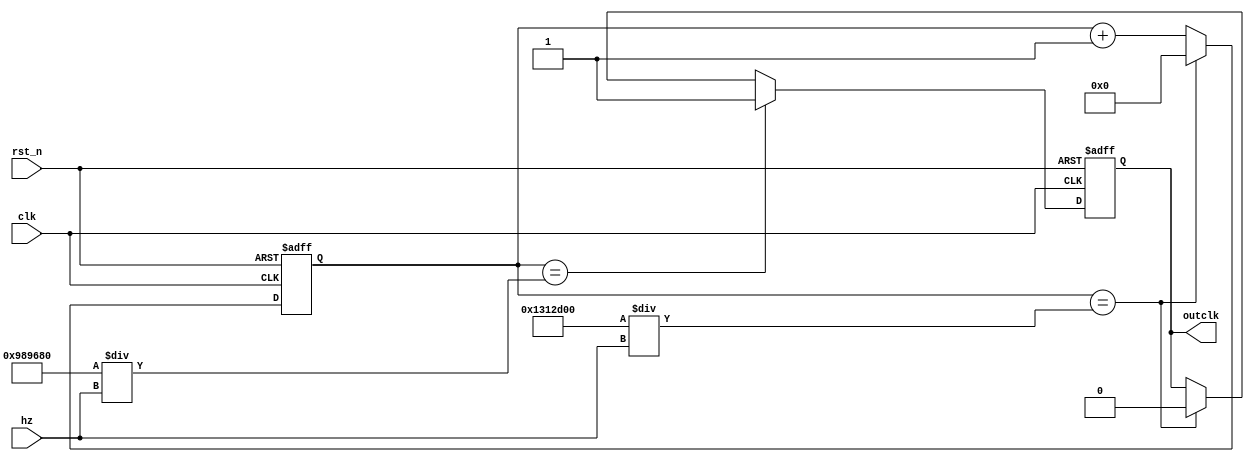
module divider (
		input clk, rst_n,
		input [30:0] hz,
		output outclk
		);
		reg [25:0] count;
		reg c;
		always @(posedge clk or negedge rst_n) begin
			if (!rst_n)
				count <= 26'h0;
			else if (count == (26'd20_000_000 / hz))
				count <= 26'h0;
			else
				count <= count + 26'h1;
		end
		always @(posedge clk or negedge rst_n) begin
			if (!rst_n)
				c <= 1'b0;
			else if (count == (26'd10_000_000 / hz))
				c <= 1'b1;
			else if (count == (26'd20_000_000 / hz))
				c <= 1'b0;
			else
				c <= c;
		end
		assign outclk = c;
endmodule